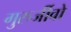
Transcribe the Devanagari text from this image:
गुरुर्जीवो